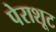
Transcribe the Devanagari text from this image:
पेराशूट